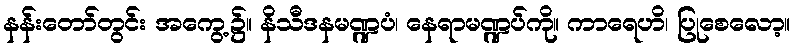
နန်းတော်တွင်း အကွေ့၌။ နိသီဒနမဏ္ဍပံ၊ နေရာမဏ္ဍပ်ကို။ ကာရေဟိ၊ ပြုစေလော့။